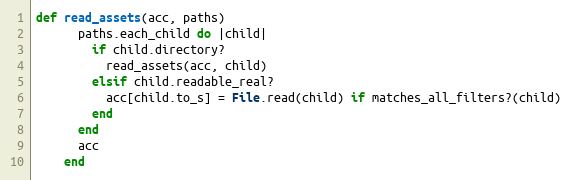
Language: Ruby
def read_assets(acc, paths)
      paths.each_child do |child|
        if child.directory?
          read_assets(acc, child)
        elsif child.readable_real?
          acc[child.to_s] = File.read(child) if matches_all_filters?(child)
        end
      end
      acc
    end